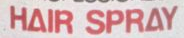
HAIR SPRAY